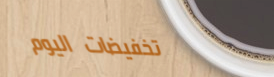
تخفيضات اليوم